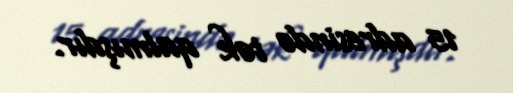
15 adresində tək qalmışdır.